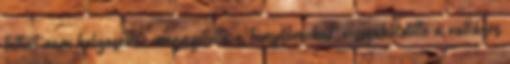
tetteit nem helyeselte; megnyitotta a templomokat, visszaküldötte a vallásos